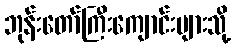
ဘုန်းတော်ကြီးကျောင်းများသို့